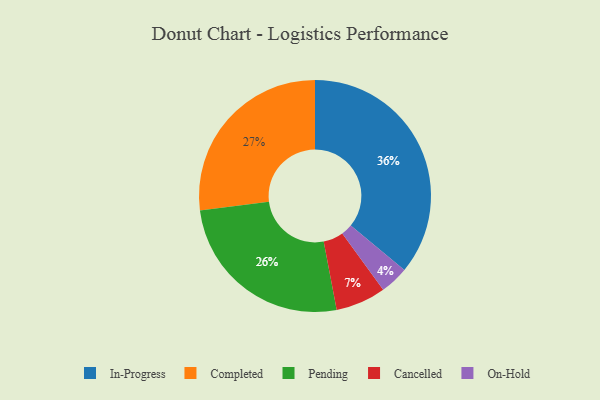
{"axis": {"x": "Category", "y": "Percentage"}, "legend": ["Cancelled", "Completed", "In-Progress", "On-Hold", "Pending"], "data": [{"x": "On-Hold", "y": 4, "type": "On-Hold"}, {"x": "Pending", "y": 26, "type": "Pending"}, {"x": "Completed", "y": 27, "type": "Completed"}, {"x": "In-Progress", "y": 36, "type": "In-Progress"}, {"x": "Cancelled", "y": 7, "type": "Cancelled"}]}